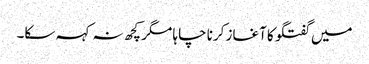
میں گفتگو کا آغاز کرنا چاہا مگر کچھ نہ کہہ سکا۔